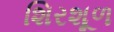
શિરશૂળ